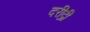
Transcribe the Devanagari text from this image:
दरीद्री